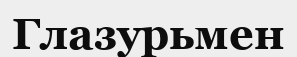
Глазурьмен